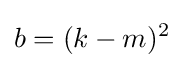
b=(k-m)^{2}